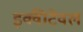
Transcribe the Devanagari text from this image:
इक्वीटेवल